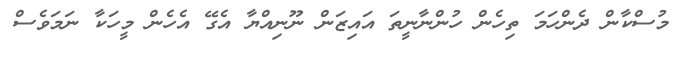
މުސްކާން ދެންހަމަ ތިހެން ހުންނާނީތަ އައިޒަން ނޫނިއްޔާ އެގޭ އެހެން މީހަކާ ނަމަވެސް